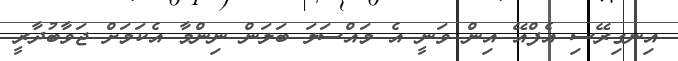
އިނގިރޭސި އެފްއޭ އިން ވަނީ އެ މައްސަލަ ބަލަން ނިންމާ އެކަމަށް ޖަވާބުދާރީ